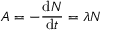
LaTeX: A = - { \frac { \mathrm { d } N } { \mathrm { d } t } } = \lambda N